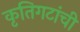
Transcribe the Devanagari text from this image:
कृतिगटांची